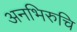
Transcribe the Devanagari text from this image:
अनभिरुचि